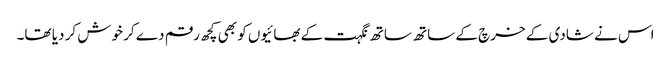
اس نے شادی کے خرچ کے ساتھ ساتھ نگہت کے بھائیوں کو بھی کچھ رقم دے کر خوش کر دیا تھا۔